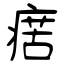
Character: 瘔